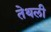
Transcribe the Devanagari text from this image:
तेथली